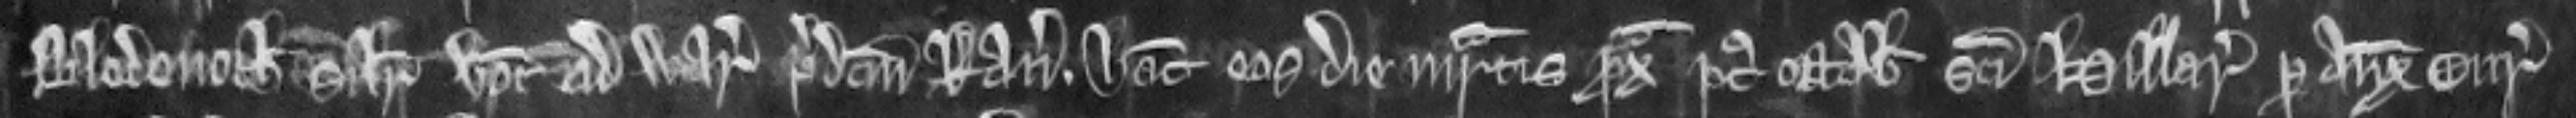
Blodenoch similiter vocat ad warantum predictum Ranulfum. Habeant eos die martis proxima post octabas Sancti Hillarii per auxilium curie.